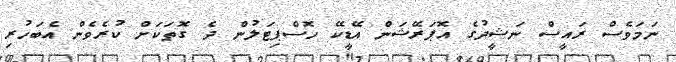
ނަަމަވެސް ރައީސް ނަޝީދުގެ އޮޕަރޭޝަން އޭޑީކޭ ހޮސްޕިޓަލުން ދެ ގޮތަކަށް ކުރެވެން އެބަހުރި